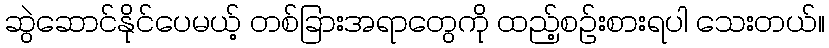
ဆွဲဆောင်နိုင်ပေမယ့် တစ်ခြားအရာတွေကို ထည့်စဉ်းစားရပါ သေးတယ်။